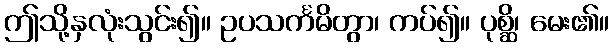
ဤသို့နှလုံးသွင်း၍။ ဥပသင်္ကမိတွာ၊ ကပ်၍။ ပုစ္ဆိ၊ မေး၏။